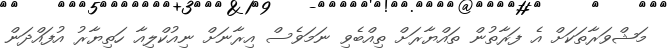
މަޝްވަރާތަކަށް އެ ފަރާތުން ތައްޔާރަށް ތިއްބެވި ނަމަވެސް އިރާނަށް ނިއުކްލިއާ ހަތިޔާރު އުފައްދަން